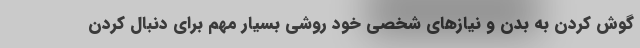
گوش کردن به بدن و نیازهای شخصی خود روشی بسیار مهم برای دنبال کردن